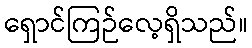
ရှောင်ကြဉ်လေ့ရှိသည်။